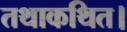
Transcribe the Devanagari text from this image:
तथाकथित।